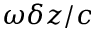
\omega \delta z / c